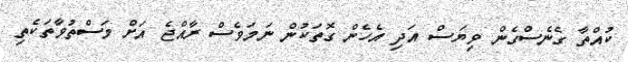
ކުއްތާ ގެނެސްގެން ވިޔަސް އަދި އެހެން ގޮތަކުން ނަމަވެސް ރާއްޖެ އަށް މަސްތުވާތަކެތި